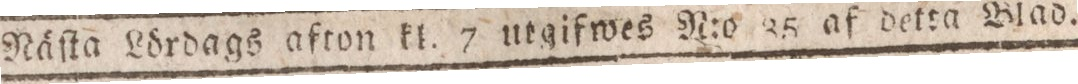
Nåſta Lördags afton kl. 7 utgifwes N:o 35 af detta Blad.